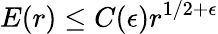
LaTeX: E(r)\leq C(\epsilon)r^{1/2+\epsilon}